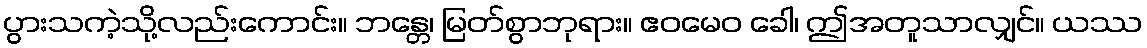
ပွားသကဲ့သို့လည်းကောင်း။ ဘန္တေ၊ မြတ်စွာဘုရား။ ဧဝမေဝ ခေါ၊ ဤအတူသာလျှင်။ ယဿ